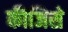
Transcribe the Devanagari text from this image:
कीजिसे